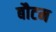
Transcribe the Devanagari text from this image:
बौटम